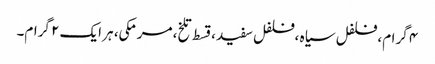
۴ گرام، فلفل سیاہ ،فلفل سفید ،قسط تلخ، مرمکی، ہر ایک ۲ گرام۔